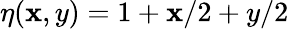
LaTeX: \eta(\mathbf{x},y)=1+\mathbf{x}/2+y/2